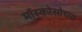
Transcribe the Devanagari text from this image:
मॉस्कोसोच्या